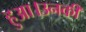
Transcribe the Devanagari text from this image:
हुआ।उनकी